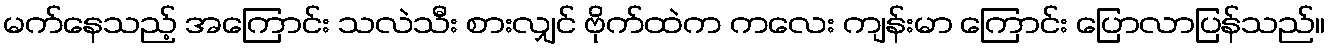
မက်နေသည့် အကြောင်း သလဲသီး စားလျှင် ဗိုက်ထဲက ကလေး ကျန်းမာ ကြောင်း ပြောလာပြန်သည်။